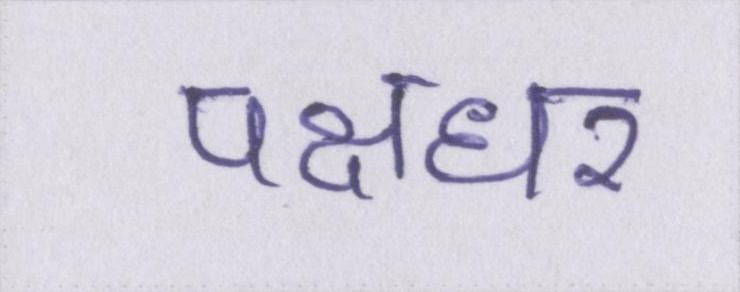
पक्षधर